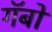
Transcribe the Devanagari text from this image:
गॅबो